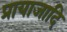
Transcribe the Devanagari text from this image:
प्रायाजादि